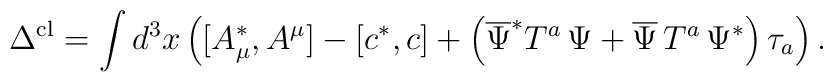
\Delta ^{{\rm cl}}=\int d^3x\left( [A_\mu ^{*},A^\mu ]-\left[ c^{*},c\right]+\left( \overline{\Psi }^{*}T^a\,\Psi +\overline{\Psi }\,T^a\,\Psi^{*}\right) \tau _a\right) .